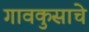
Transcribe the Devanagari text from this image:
गावकुसाचे